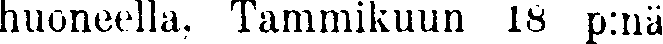
huoneella, Tammikuun 18 p:nä